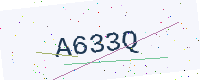
Text: A633Q